65_HS1-834228961_62-HQ-83894_Serial_130
Agency: FBI
Page 55
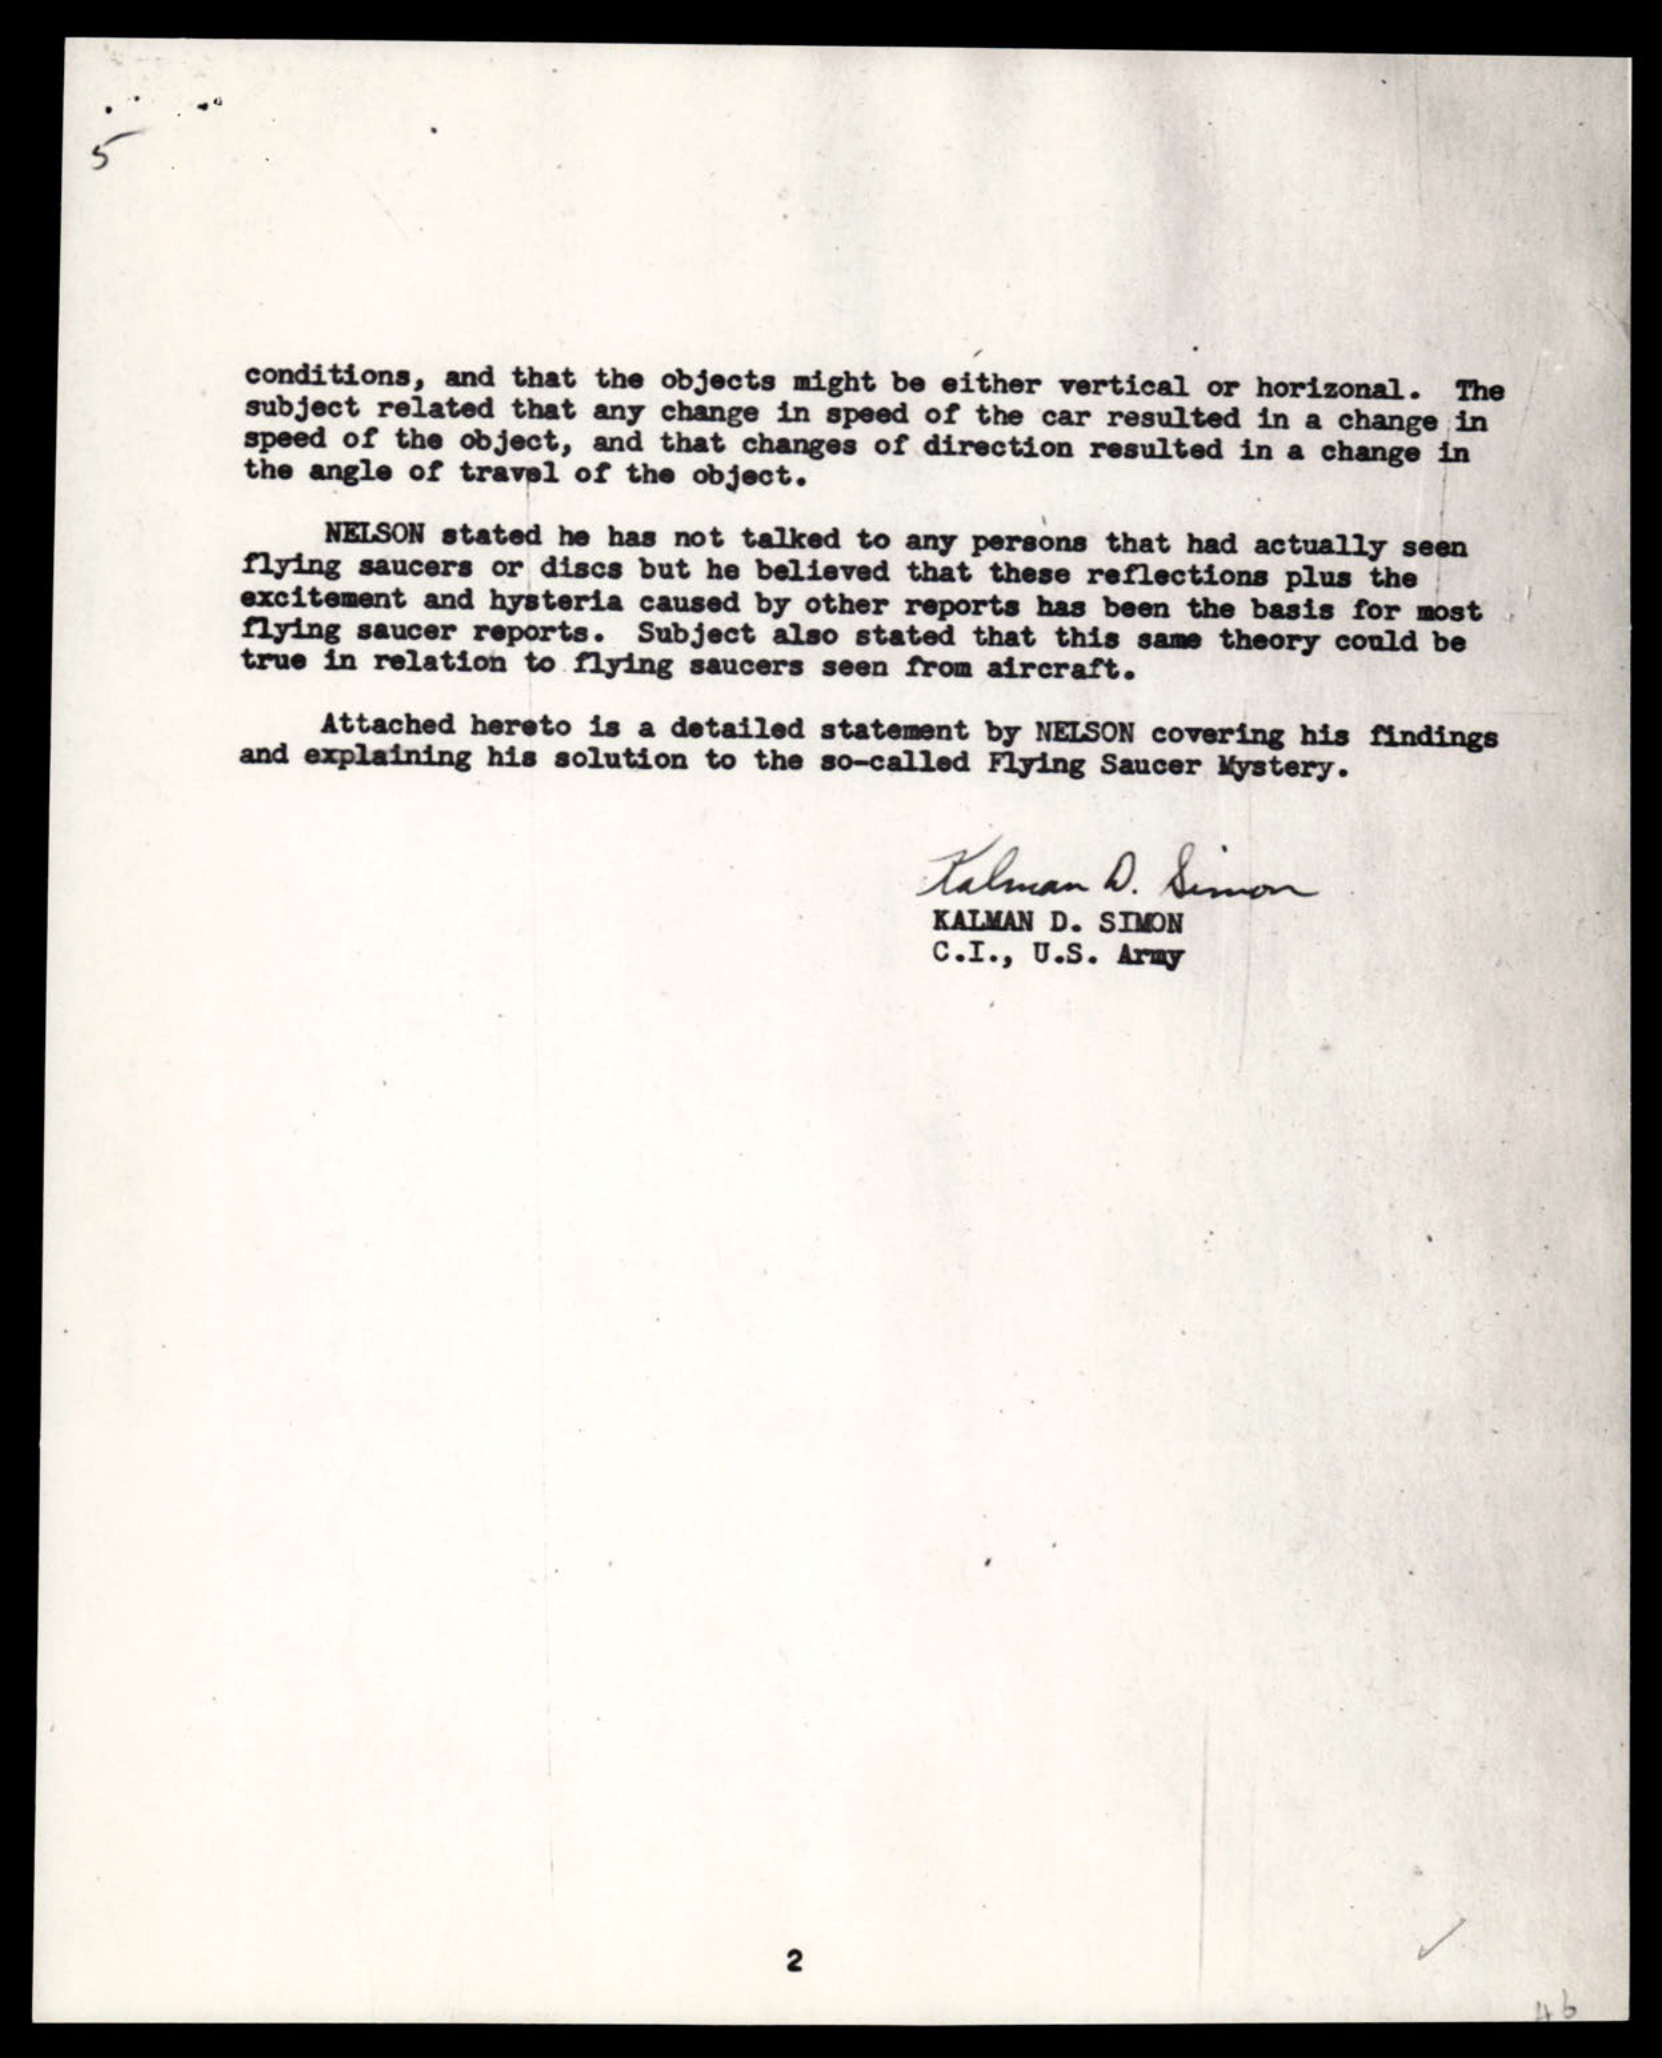